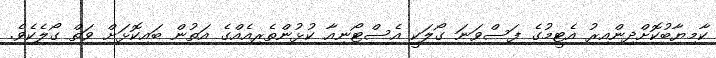
ކާމިޔާބުކޮށްދިންއިރު އެޓީމުގެ ފަސްވަނަ ގޯލަކީ އެސްޓޯނިއާ ކުޅުންތެރިއެއްގެ އަތުން ބައިކޮޅަށް ވަތް ގޯލެކެވެ.